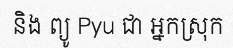
និង ព្យូ Pyu ជា អ្នកស្រុក